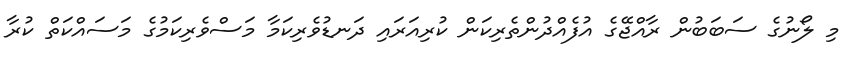
މި ލޯނުގެ ސަބަބުން ރާއްޖޭގެ އުފެއްދުންތެރިކަން ކުރިއަރައި ދަނޑުވެރިކަމާ މަސްވެރިކަމުގެ މަސައްކަތް ކުރާ